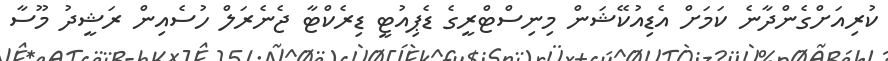
ކުރިއަށްގެންދާނެ ކަމަށް އެޑިއުކޭޝަން މިނިސްޓްރީގެ ޑެޕިއުޓީ ޑިރެކްޓާ ޖެނެރަލް ހުސެއިން ރަޝީދު މޫސާ